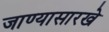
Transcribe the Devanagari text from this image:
जाण्यासारखे